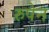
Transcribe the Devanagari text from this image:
रुपेन